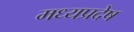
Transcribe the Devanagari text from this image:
मध्यप्रदेष